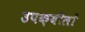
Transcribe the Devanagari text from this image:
उपक़बीलों